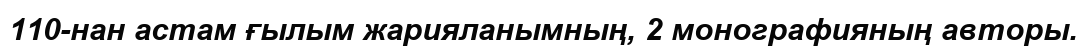
110-нан астам ғылым жарияланымның, 2 монографияның авторы.